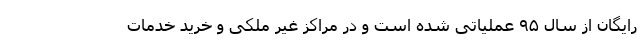
رایگان از سال ۹۵ عملیاتی شده است و در مراکز غیر ملکی و خرید خدمات